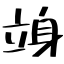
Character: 竧